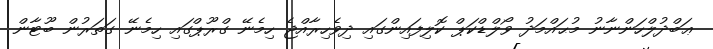
ޢަބްދުލްހަންނާނު މުޙައްމަދު ވޯލްޑްކަޕް ކޮލިފައިންގައި ދިވެހިރާއްޖެ ހިމެނޭ ގްރޫޕްގައި ހިމެނޭ ގަތަރުން ބޫޓާން